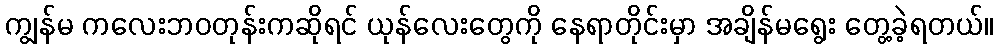
ကျွန်မ ကလေးဘဝတုန်းကဆိုရင် ယုန်လေးတွေကို နေရာတိုင်းမှာ အချိန်မရွေး တွေ့ခဲ့ရတယ်။